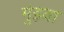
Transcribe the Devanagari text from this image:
मुंड़वा